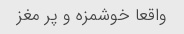
واقعا خوشمزه و پر مغز